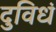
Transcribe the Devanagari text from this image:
दुविधं